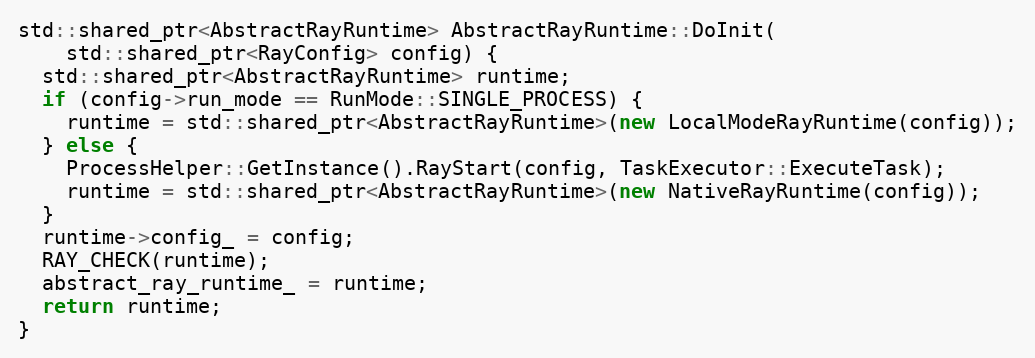
Language: C++
std::shared_ptr<AbstractRayRuntime> AbstractRayRuntime::DoInit(
    std::shared_ptr<RayConfig> config) {
  std::shared_ptr<AbstractRayRuntime> runtime;
  if (config->run_mode == RunMode::SINGLE_PROCESS) {
    runtime = std::shared_ptr<AbstractRayRuntime>(new LocalModeRayRuntime(config));
  } else {
    ProcessHelper::GetInstance().RayStart(config, TaskExecutor::ExecuteTask);
    runtime = std::shared_ptr<AbstractRayRuntime>(new NativeRayRuntime(config));
  }
  runtime->config_ = config;
  RAY_CHECK(runtime);
  abstract_ray_runtime_ = runtime;
  return runtime;
}